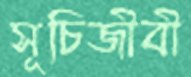
সূচিজীবী